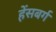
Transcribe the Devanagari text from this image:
हेंसबर्ग